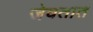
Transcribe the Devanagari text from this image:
जेवतात